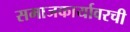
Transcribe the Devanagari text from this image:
समाजकार्यावरची